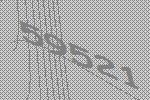
59521